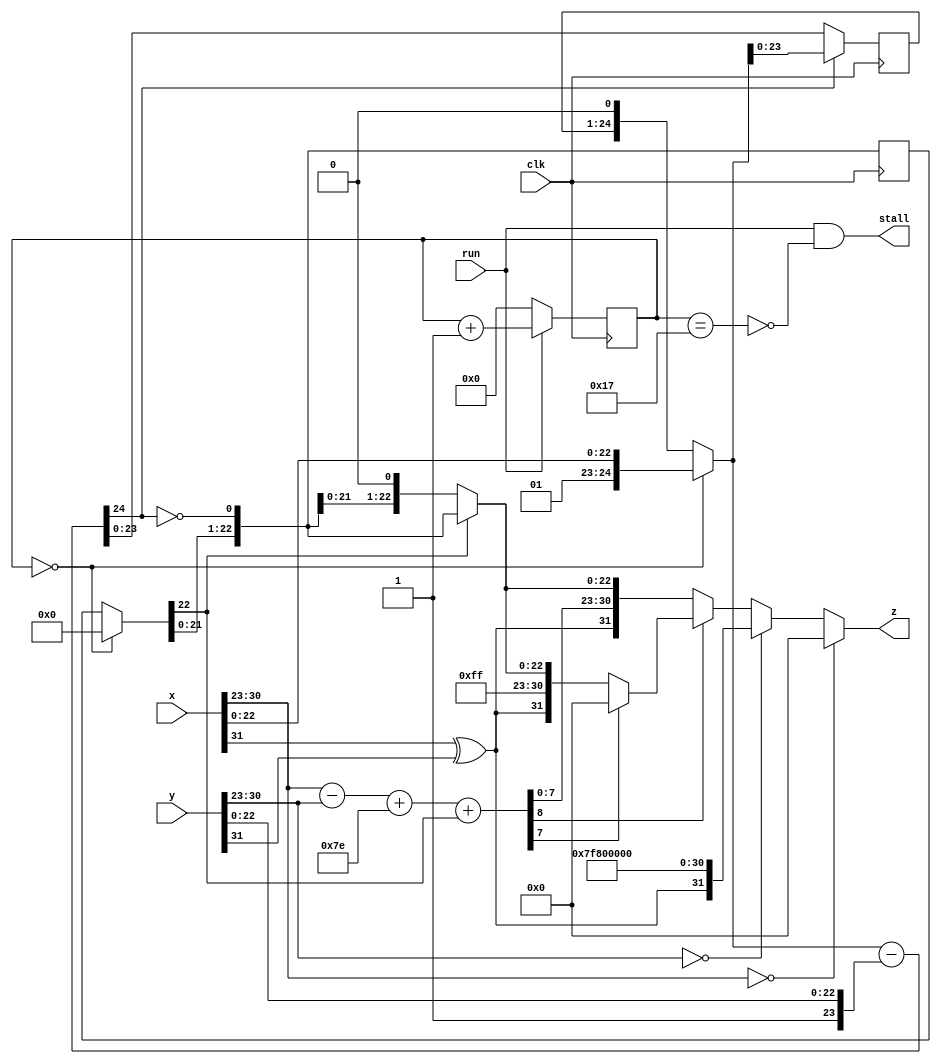
`timescale 1ns / 1ps   // NW 23.4.11

module FPDivider(
    input clk, run,
    input [31:0] x,
    input [31:0] y,
    output stall,
    output [31:0] z);

reg [4:0] S;  // state
reg [23:0] R, Q;

wire sign;
wire [7:0] xe, ye;
wire [8:0] e0, e1;
wire [23:0] q0, q1, q2;
wire [24:0] r0, r1, r2, d;

assign sign = x[31]^y[31];
assign xe = x[30:23];
assign ye = y[30:23];
assign e0 = xe - ye;
assign e1 = e0 + 126 + q1[23];

assign r0 = (S == 0) ? {2'b01, x[22:0]} : r2;
assign d = r0 - {2'b1, y[22:0]};
assign r1 = d[24] ? r0 : d;
assign r2 = {R, 1'b0};
assign q0 = (S == 0) ? 0 : Q;
assign q1 = {q0[22:0], ~d[24]};
assign q2 = q1[23] ? q1[23:0] : {q1[22:0], 1'b0};

assign z = (xe == 0) ? 0 :
  (ye == 0) ? {sign, 8'b11111111, 23'b0} :
  (~e1[8]) ? {sign, e1[7:0], q2[22:0]} :
  (~e1[7]) ? {sign, 8'b11111111, q2[22:0]} : 0;
assign stall = run & ~(S == 23);

always @ (posedge(clk)) begin
  R <= r1; Q <= q1;
  S <= run ? S+1 : 0;
end
endmodule